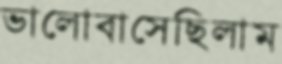
ভালোবাসেছিলাম